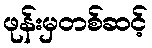
ဖုန်းမှတစ်ဆင့်